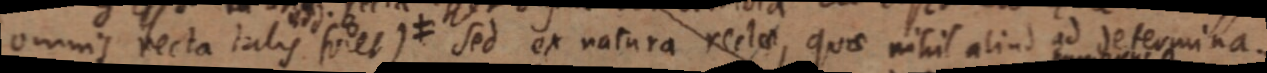
omnis recta talis foret) ≠ Sed ex natura rectae, quae nihil aliud ad determina-